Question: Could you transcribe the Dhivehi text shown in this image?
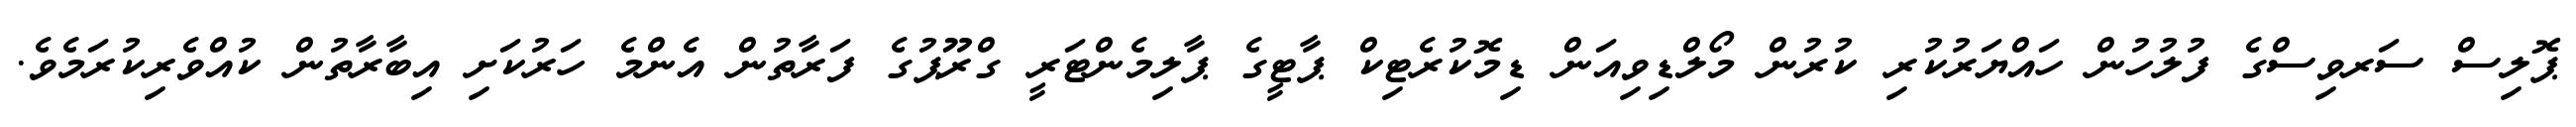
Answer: ޕޮލިސް ސަރވިސްގެ ފުލުހުން ހައްޔަރުކުރި ކުރުން މޯލްޑިވިއަން ޑިމޮކުރެޓިކް ޕާޓީގެ ޕާލިމެންޓަރީ ގްރޫޕުގެ ފަރާތުން އެންމެ ހަރުކަށި އިބާރާތުން ކުއްވެރިކުރަމެވެ.